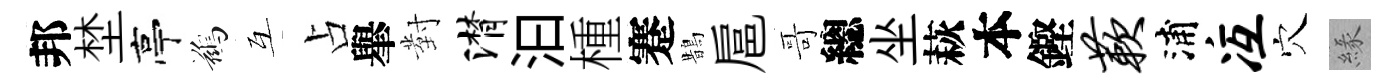
邦埜亭鷀互占𦦙對潸汩㮔蹇鵲扈哥總坐萩本鏗蔌浦冱穴緣